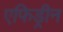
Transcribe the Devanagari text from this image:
एफिड्रीन